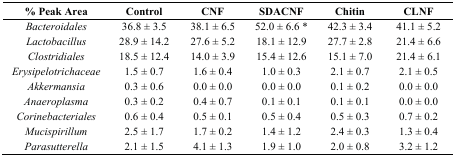
<table><thead><tr><td><b>% Peak Area</b></td><td><b>Control</b></td><td><b>CNF</b></td><td><b>SDACNF</b></td><td><b>Chitin</b></td><td><b>CLNF</b></td></tr></thead><tbody><tr><td><i>Bacteroidales</i></td><td>36.8 ± 3.5</td><td>38.1 ± 6.5</td><td>52.0 ± 6.6 *</td><td>42.3 ± 3.4</td><td>41.1 ± 5.2</td></tr><tr><td><i>Lactobacillus</i></td><td>28.9 ± 14.2</td><td>27.6 ± 5.2</td><td>18.1 ± 12.9</td><td>27.7 ± 2.8</td><td>21.4 ± 6.6</td></tr><tr><td><i>Clostridiales</i></td><td>18.5 ± 12.4</td><td>14.0 ± 3.9</td><td>15.4 ± 12.6</td><td>15.1 ± 7.0</td><td>21.4 ± 6.1</td></tr><tr><td><i>Erysipelotrichaceae</i></td><td>1.5 ± 0.7</td><td>1.6 ± 0.4</td><td>1.0 ± 0.3</td><td>2.1 ± 0.7</td><td>2.1 ± 0.5</td></tr><tr><td><i>Akkermansia</i></td><td>0.3 ± 0.6</td><td>0.0 ± 0.0</td><td>0.0 ± 0.0</td><td>0.1 ± 0.2</td><td>0.0 ± 0.0</td></tr><tr><td><i>Anaeroplasma</i></td><td>0.3 ± 0.2</td><td>0.4 ± 0.7</td><td>0.1 ± 0.1</td><td>0.1 ± 0.1</td><td>0.0 ± 0.0</td></tr><tr><td><i>Corinebacteriales</i></td><td>0.6 ± 0.4</td><td>0.5 ± 0.1</td><td>0.5 ± 0.4</td><td>0.5 ± 0.3</td><td>0.7 ± 0.2</td></tr><tr><td><i>Mucispirillum</i></td><td>2.5 ± 1.7</td><td>1.7 ± 0.2</td><td>1.4 ± 1.2</td><td>2.4 ± 0.3</td><td>1.3 ± 0.4</td></tr><tr><td><i>Parasutterella</i></td><td>2.1 ± 1.5</td><td>4.1 ± 1.3</td><td>1.9 ± 1.0</td><td>2.0 ± 0.8</td><td>3.2 ± 1.2</td></tr></tbody></table>